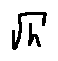
\sqrt { h }